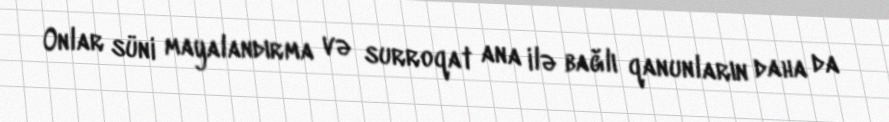
Onlar süni mayalandırma və surroqat ana ilə bağlı qanunların daha da